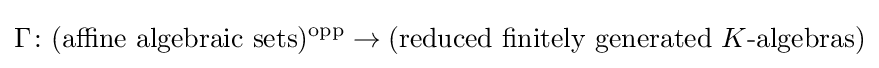
\Gamma \colon ({\text{affine algebraic sets}})^{\rm {opp}}\to ({\text{reduced finitely generated }}K{\text{-algebras}})